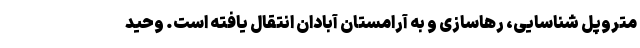
متروپل شناسایی، رهاسازی و به آرامستان آبادان انتقال یافته است. وحید